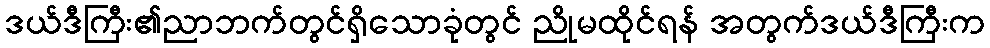
ဒယ်ဒီကြီး၏ညာဘက်တွင်ရှိသောခုံတွင် ညိုမထိုင်ရန် အတွက်ဒယ်ဒီကြီးက